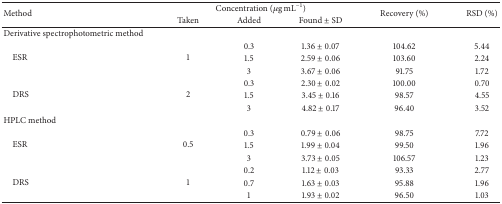
| <ROWSPAN=2> Method | <COLSPAN=3> Concentration (μg mL−1) | <ROWSPAN=2> Recovery (%) | <ROWSPAN=2> RSD (%) |
 | Taken | Added | Found ± SD |
 | --- | --- | --- | --- | --- | --- |
 | Derivative spectrophotometric method |  |  |  |  |  |
 | <ROWSPAN=3> ESR | <ROWSPAN=3> 1 | 0.3 | 1.36 ± 0.07 | 104.62 | 5.44 |
 | 1.5 | 2.59 ± 0.06 | 103.60 | 2.24 |
 | 3 | 3.67 ± 0.06 | 91.75 | 1.72 |
 | <ROWSPAN=3> DRS | <ROWSPAN=3> 2 | 0.3 | 2.30 ± 0.02 | 100.00 | 0.70 |
 | 1.5 | 3.45 ± 0.16 | 98.57 | 4.55 |
 | 3 | 4.82 ± 0.17 | 96.40 | 3.52 |
 | HPLC method |  |  |  |  |  |
 | <ROWSPAN=3> ESR | <ROWSPAN=3> 0.5 | 0.3 | 0.79 ± 0.06 | 98.75 | 7.72 |
 | 1.5 | 1.99 ± 0.04 | 99.50 | 1.96 |
 | 3 | 3.73 ± 0.05 | 106.57 | 1.23 |
 | <ROWSPAN=3> DRS | <ROWSPAN=3> 1 | 0.2 | 1.12 ± 0.03 | 93.33 | 2.77 |
 | 0.7 | 1.63 ± 0.03 | 95.88 | 1.96 |
 | 1 | 1.93 ± 0.02 | 96.50 | 1.03 |